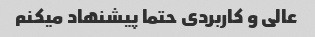
عالی و کاربردی حتما پیشنهاد میکنم